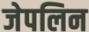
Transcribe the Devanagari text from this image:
जेपलिन